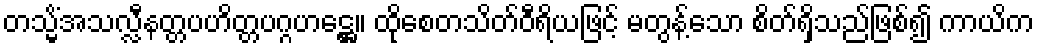
တသ္မိံအသလ္လီနတ္တပဟိတ္တပဂ္ဂဟဋ္ဌေ။ ထိုစေတသိတ်ဝီရိယဖြင့် မတွန့်သော စိတ်ရှိသည်ဖြစ်၍ ကာယိက